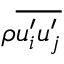
{ \rho } \overline { { u _ { i } ^ { \prime } u _ { j } ^ { \prime } } }